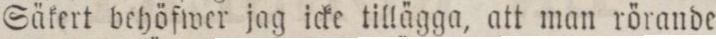
Säkert behöfwer jag icke tillägga, att man rörande